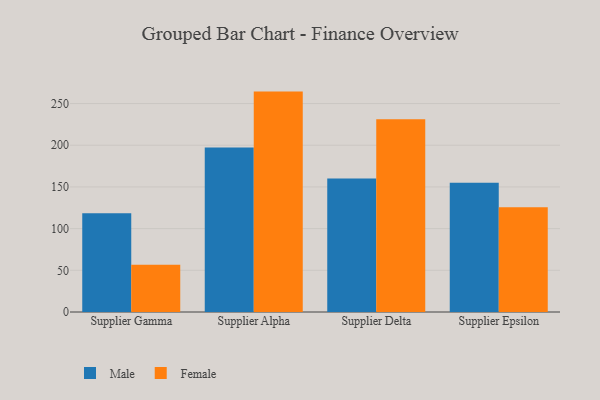
{"axis": {"x": "Supplier", "y": "Headcount"}, "legend": ["Female", "Male"], "data": [{"x": "Supplier Gamma", "y": 118.4, "type": "Male"}, {"x": "Supplier Gamma", "y": 56.7, "type": "Female"}, {"x": "Supplier Alpha", "y": 197.4, "type": "Male"}, {"x": "Supplier Alpha", "y": 264.3, "type": "Female"}, {"x": "Supplier Delta", "y": 160.2, "type": "Male"}, {"x": "Supplier Delta", "y": 231.0, "type": "Female"}, {"x": "Supplier Epsilon", "y": 155.1, "type": "Male"}, {"x": "Supplier Epsilon", "y": 125.6, "type": "Female"}]}